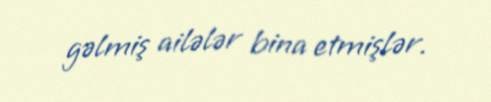
gəlmiş ailələr bina etmişlər.